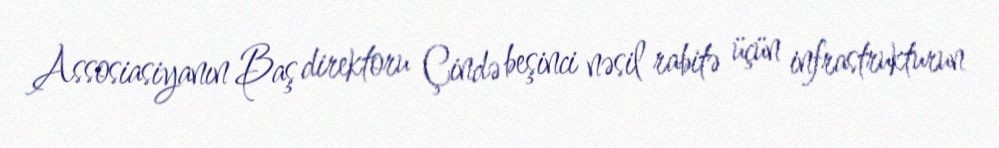
Assosiasiyanın Baş direktoru Çində beşinci nəsil rabitə üçün infrastrukturun